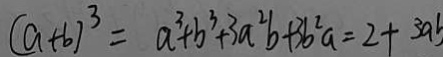
( a + b ) ^ { 3 } = a ^ { 3 } + b ^ { 3 } + 3 a ^ { 2 } b + 3 b ^ { 2 } a = 2 + 3 a b